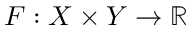
F : X \times Y \rightarrow \mathbb { R }